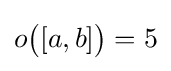
o{\bigl (}[a,b]{\bigr )}=5